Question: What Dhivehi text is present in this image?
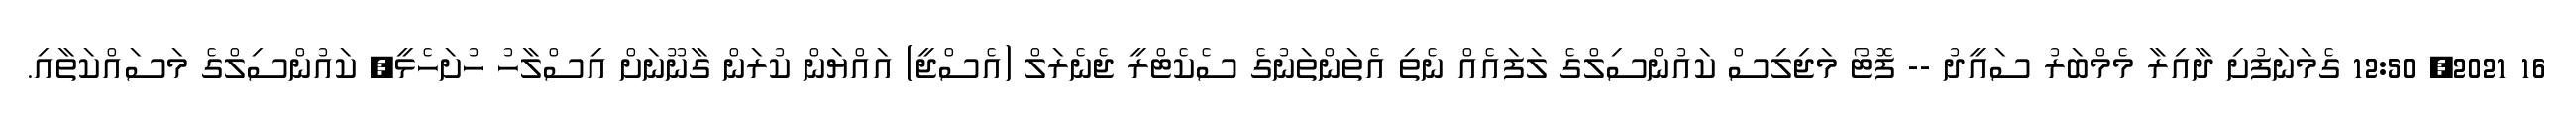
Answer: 16 2021, 12:50 ގެމަނަފުށި ދާއިރާ މެމްބަރު ސައީދު -- ފޮޓޯ މަޖިލިސް ކައުންސިލްގެ ލަފައެއް ނެތި އެތަންތަނުގެ ސެކެޓްރީ ޖެނެރަލް (އެސްޖީ) އައްޔަން ކުރަން ގާނޫނަށް އިސްލާހު ހުށަހެޅީ, ކައުންސިލްގެ މަސައްކަތާއި.